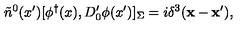
\tilde { n } ^ { 0 } ( x ^ { \prime } ) [ \phi ^ { \dagger } ( x ) , D _ { 0 } ^ { \prime } \phi ( x ^ { \prime } ) ] _ { \Sigma } = i \delta ^ { 3 } ( { \bf x } - { \bf x } ^ { \prime } ) ,